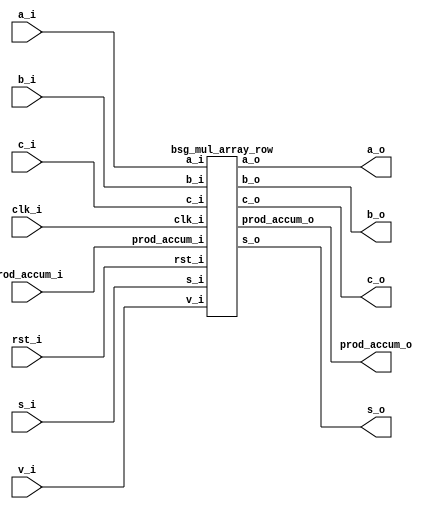


module top
(
  clk_i,
  rst_i,
  v_i,
  a_i,
  b_i,
  s_i,
  c_i,
  prod_accum_i,
  a_o,
  b_o,
  s_o,
  c_o,
  prod_accum_o
);

  input [31:0] a_i;
  input [31:0] b_i;
  input [31:0] s_i;
  input [0:0] prod_accum_i;
  output [31:0] a_o;
  output [31:0] b_o;
  output [31:0] s_o;
  output [1:0] prod_accum_o;
  input clk_i;
  input rst_i;
  input v_i;
  input c_i;
  output c_o;

  bsg_mul_array_row
  wrapper
  (
    .a_i(a_i),
    .b_i(b_i),
    .s_i(s_i),
    .prod_accum_i(prod_accum_i),
    .a_o(a_o),
    .b_o(b_o),
    .s_o(s_o),
    .prod_accum_o(prod_accum_o),
    .clk_i(clk_i),
    .rst_i(rst_i),
    .v_i(v_i),
    .c_i(c_i),
    .c_o(c_o)
  );


endmodule



module bsg_and_width_p32
(
  a_i,
  b_i,
  o
);

  input [31:0] a_i;
  input [31:0] b_i;
  output [31:0] o;
  wire [31:0] o;
  assign o[31] = a_i[31] & b_i[31];
  assign o[30] = a_i[30] & b_i[30];
  assign o[29] = a_i[29] & b_i[29];
  assign o[28] = a_i[28] & b_i[28];
  assign o[27] = a_i[27] & b_i[27];
  assign o[26] = a_i[26] & b_i[26];
  assign o[25] = a_i[25] & b_i[25];
  assign o[24] = a_i[24] & b_i[24];
  assign o[23] = a_i[23] & b_i[23];
  assign o[22] = a_i[22] & b_i[22];
  assign o[21] = a_i[21] & b_i[21];
  assign o[20] = a_i[20] & b_i[20];
  assign o[19] = a_i[19] & b_i[19];
  assign o[18] = a_i[18] & b_i[18];
  assign o[17] = a_i[17] & b_i[17];
  assign o[16] = a_i[16] & b_i[16];
  assign o[15] = a_i[15] & b_i[15];
  assign o[14] = a_i[14] & b_i[14];
  assign o[13] = a_i[13] & b_i[13];
  assign o[12] = a_i[12] & b_i[12];
  assign o[11] = a_i[11] & b_i[11];
  assign o[10] = a_i[10] & b_i[10];
  assign o[9] = a_i[9] & b_i[9];
  assign o[8] = a_i[8] & b_i[8];
  assign o[7] = a_i[7] & b_i[7];
  assign o[6] = a_i[6] & b_i[6];
  assign o[5] = a_i[5] & b_i[5];
  assign o[4] = a_i[4] & b_i[4];
  assign o[3] = a_i[3] & b_i[3];
  assign o[2] = a_i[2] & b_i[2];
  assign o[1] = a_i[1] & b_i[1];
  assign o[0] = a_i[0] & b_i[0];

endmodule



module bsg_adder_ripple_carry_width_p32
(
  a_i,
  b_i,
  s_o,
  c_o
);

  input [31:0] a_i;
  input [31:0] b_i;
  output [31:0] s_o;
  output c_o;
  wire [31:0] s_o;
  wire c_o;
  assign { c_o, s_o } = a_i + b_i;

endmodule



module bsg_mul_array_row
(
  clk_i,
  rst_i,
  v_i,
  a_i,
  b_i,
  s_i,
  c_i,
  prod_accum_i,
  a_o,
  b_o,
  s_o,
  c_o,
  prod_accum_o
);

  input [31:0] a_i;
  input [31:0] b_i;
  input [31:0] s_i;
  input [0:0] prod_accum_i;
  output [31:0] a_o;
  output [31:0] b_o;
  output [31:0] s_o;
  output [1:0] prod_accum_o;
  input clk_i;
  input rst_i;
  input v_i;
  input c_i;
  output c_o;
  wire N0,N1,pc,N2,N3,N4,N5,N6,N7,N8,N9,N10,N11,N12,N13,N14,N15,N16,N17,N18,N19,N20,
  N21,N22,N23,N24,N25,N26,N27,N28,N29,N30,N31,N32,N33,N34,N35,N36,N37,N38,N39,N40,
  N41,N42,N43,N44,N45,N46,N47,N48,N49,N50,N51,N52,N53,N54,N55,N56,N57,N58,N59,N60,
  N61,N62,N63,N64,N65,N66,N67,N68,N69,N70,N71,N72,N73,N74,N75,N76,N77,N78,N79,N80,
  N81,N82,N83,N84,N85,N86,N87,N88,N89,N90,N91,N92,N93,N94,N95,N96,N97,N98,N99,N100,
  N101,N102,N103,N104;
  wire [31:0] pp,ps;
  reg [1:0] prod_accum_o;
  reg [31:0] a_o,b_o,s_o;
  reg c_o;

  bsg_and_width_p32
  and0
  (
    .a_i(a_i),
    .b_i({ b_i[1:1], b_i[1:1], b_i[1:1], b_i[1:1], b_i[1:1], b_i[1:1], b_i[1:1], b_i[1:1], b_i[1:1], b_i[1:1], b_i[1:1], b_i[1:1], b_i[1:1], b_i[1:1], b_i[1:1], b_i[1:1], b_i[1:1], b_i[1:1], b_i[1:1], b_i[1:1], b_i[1:1], b_i[1:1], b_i[1:1], b_i[1:1], b_i[1:1], b_i[1:1], b_i[1:1], b_i[1:1], b_i[1:1], b_i[1:1], b_i[1:1], b_i[1:1] }),
    .o(pp)
  );


  bsg_adder_ripple_carry_width_p32
  adder0
  (
    .a_i(pp),
    .b_i({ c_i, s_i[31:1] }),
    .s_o(ps),
    .c_o(pc)
  );

  assign { N34, N33, N32, N31, N30, N29, N28, N27, N26, N25, N24, N23, N22, N21, N20, N19, N18, N17, N16, N15, N14, N13, N12, N11, N10, N9, N8, N7, N6, N5, N4, N3 } = (N0)? { 1'b0, 1'b0, 1'b0, 1'b0, 1'b0, 1'b0, 1'b0, 1'b0, 1'b0, 1'b0, 1'b0, 1'b0, 1'b0, 1'b0, 1'b0, 1'b0, 1'b0, 1'b0, 1'b0, 1'b0, 1'b0, 1'b0, 1'b0, 1'b0, 1'b0, 1'b0, 1'b0, 1'b0, 1'b0, 1'b0, 1'b0, 1'b0 } : 
                                                                                                                                                                       (N1)? a_i : 1'b0;
  assign N0 = rst_i;
  assign N1 = N2;
  assign { N66, N65, N64, N63, N62, N61, N60, N59, N58, N57, N56, N55, N54, N53, N52, N51, N50, N49, N48, N47, N46, N45, N44, N43, N42, N41, N40, N39, N38, N37, N36, N35 } = (N0)? { 1'b0, 1'b0, 1'b0, 1'b0, 1'b0, 1'b0, 1'b0, 1'b0, 1'b0, 1'b0, 1'b0, 1'b0, 1'b0, 1'b0, 1'b0, 1'b0, 1'b0, 1'b0, 1'b0, 1'b0, 1'b0, 1'b0, 1'b0, 1'b0, 1'b0, 1'b0, 1'b0, 1'b0, 1'b0, 1'b0, 1'b0, 1'b0 } : 
                                                                                                                                                                              (N1)? b_i : 1'b0;
  assign { N98, N97, N96, N95, N94, N93, N92, N91, N90, N89, N88, N87, N86, N85, N84, N83, N82, N81, N80, N79, N78, N77, N76, N75, N74, N73, N72, N71, N70, N69, N68, N67 } = (N0)? { 1'b0, 1'b0, 1'b0, 1'b0, 1'b0, 1'b0, 1'b0, 1'b0, 1'b0, 1'b0, 1'b0, 1'b0, 1'b0, 1'b0, 1'b0, 1'b0, 1'b0, 1'b0, 1'b0, 1'b0, 1'b0, 1'b0, 1'b0, 1'b0, 1'b0, 1'b0, 1'b0, 1'b0, 1'b0, 1'b0, 1'b0, 1'b0 } : 
                                                                                                                                                                              (N1)? ps : 1'b0;
  assign N99 = (N0)? 1'b0 : 
               (N1)? pc : 1'b0;
  assign { N101, N100 } = (N0)? { 1'b0, 1'b0 } : 
                          (N1)? { ps[0:0], prod_accum_i[0:0] } : 1'b0;
  assign N2 = ~rst_i;
  assign N102 = ~v_i;
  assign N103 = N102 & N2;
  assign N104 = ~N103;

  always @(posedge clk_i) begin
    if(N104) begin
      { prod_accum_o[1:0] } <= { N101, N100 };
      { a_o[31:0] } <= { N34, N33, N32, N31, N30, N29, N28, N27, N26, N25, N24, N23, N22, N21, N20, N19, N18, N17, N16, N15, N14, N13, N12, N11, N10, N9, N8, N7, N6, N5, N4, N3 };
      { b_o[31:0] } <= { N66, N65, N64, N63, N62, N61, N60, N59, N58, N57, N56, N55, N54, N53, N52, N51, N50, N49, N48, N47, N46, N45, N44, N43, N42, N41, N40, N39, N38, N37, N36, N35 };
      { s_o[31:0] } <= { N98, N97, N96, N95, N94, N93, N92, N91, N90, N89, N88, N87, N86, N85, N84, N83, N82, N81, N80, N79, N78, N77, N76, N75, N74, N73, N72, N71, N70, N69, N68, N67 };
      c_o <= N99;
    end 
  end


endmodule